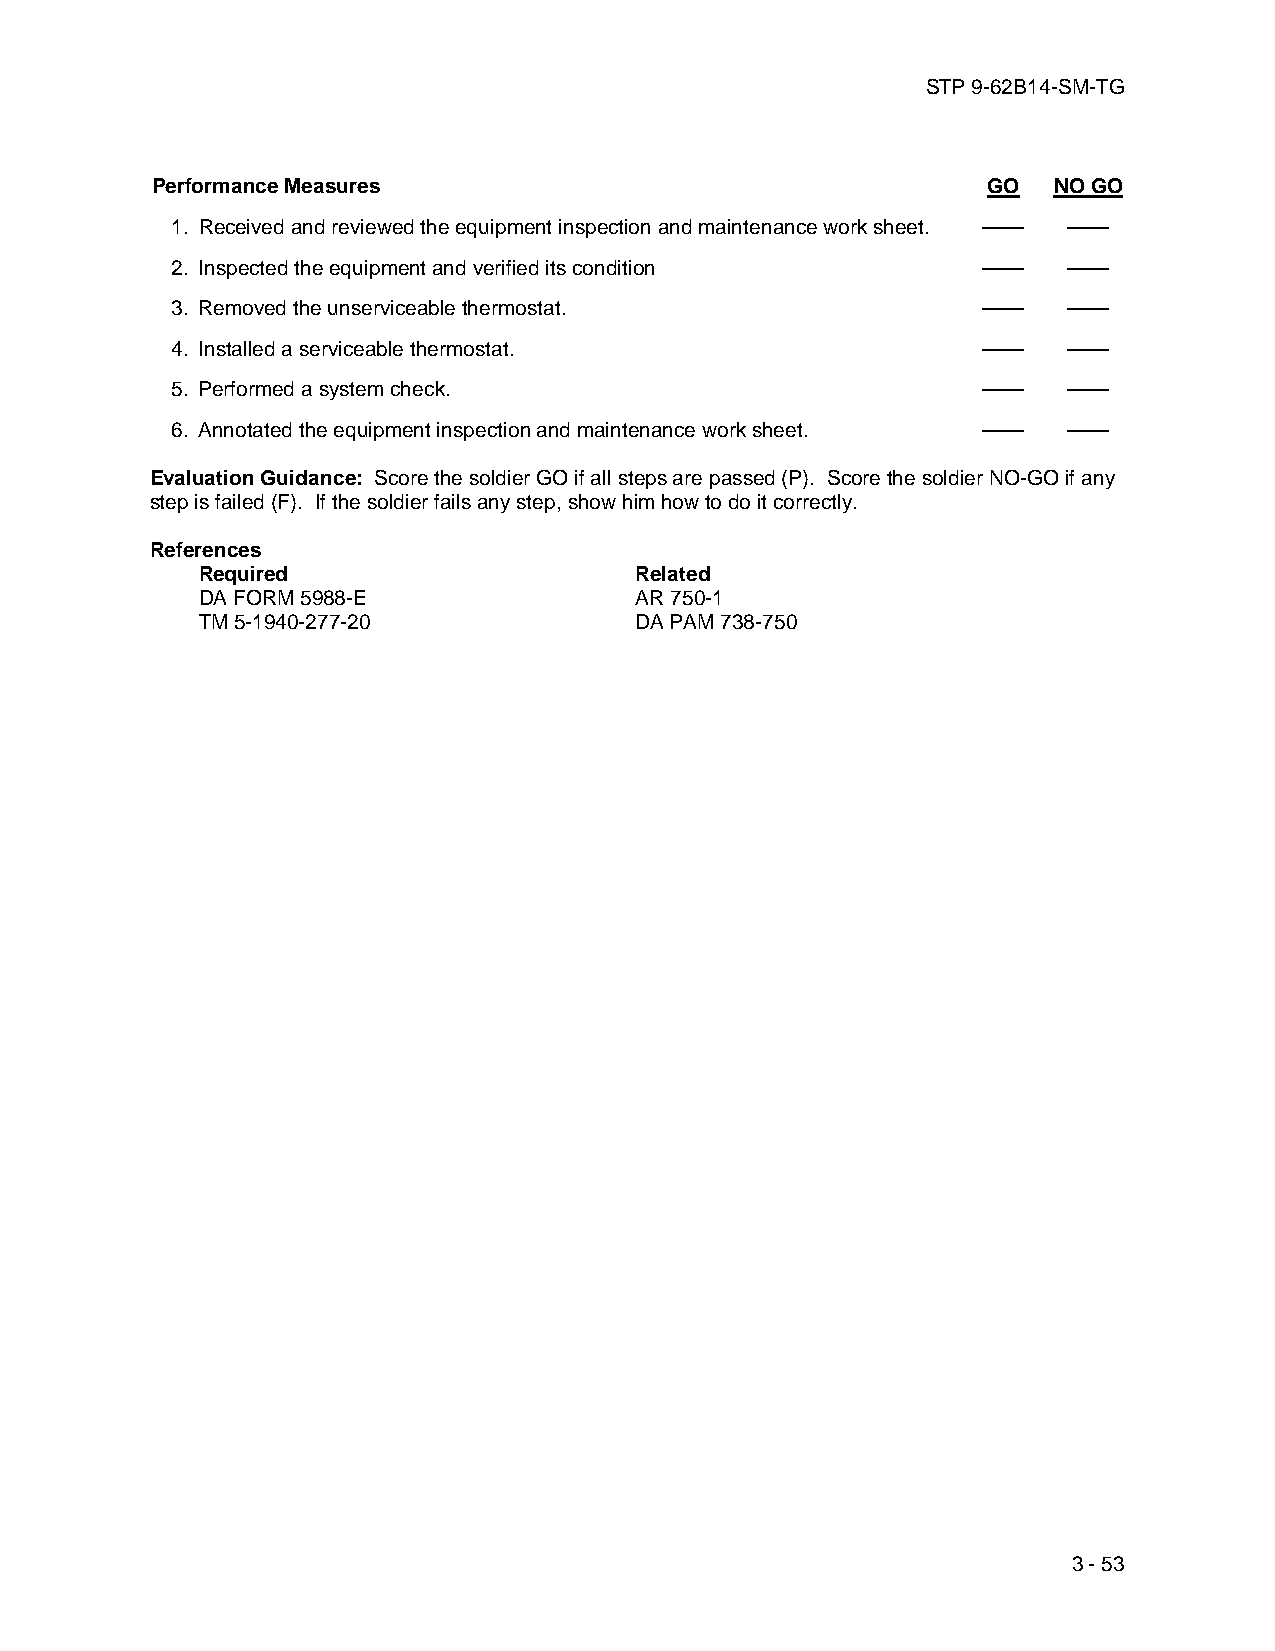
STP 9-62B14-SM-TG
 Performance Measures                                   GO   NO GO
 1. Received and reviewed the equipment inspection and maintenance work sheet. —— ——
 2. Inspected the equipment and verified its condition ——    ——
 3. Removed the unserviceable thermostat.              ——    ——
 4. Installed a serviceable thermostat.                ——    ——
 5. Performed a system check.                          ——    ——
 6. Annotated the equipment inspection and maintenance work sheet. —— ——
 Evaluation Guidance: Score the soldier GO if all steps are passed (P). Score the soldier NO-GO if any
 step is failed (F). If the soldier fails any step, show him how to do it correctly.
 References
 Required                     Related
 DA FORM 5988-E               AR 750-1
 TM 5-1940-277-20             DA PAM 738-750
 3 - 53